Bréfritari: Ásgeir Tryggvi Friðgeirsson
Viðtakandi: Einar Friðgeirsson
Dagsetning: A-1881-01-02
Skrifað á: Garði  S-Þing.
Ásgeir er bróðir Einars

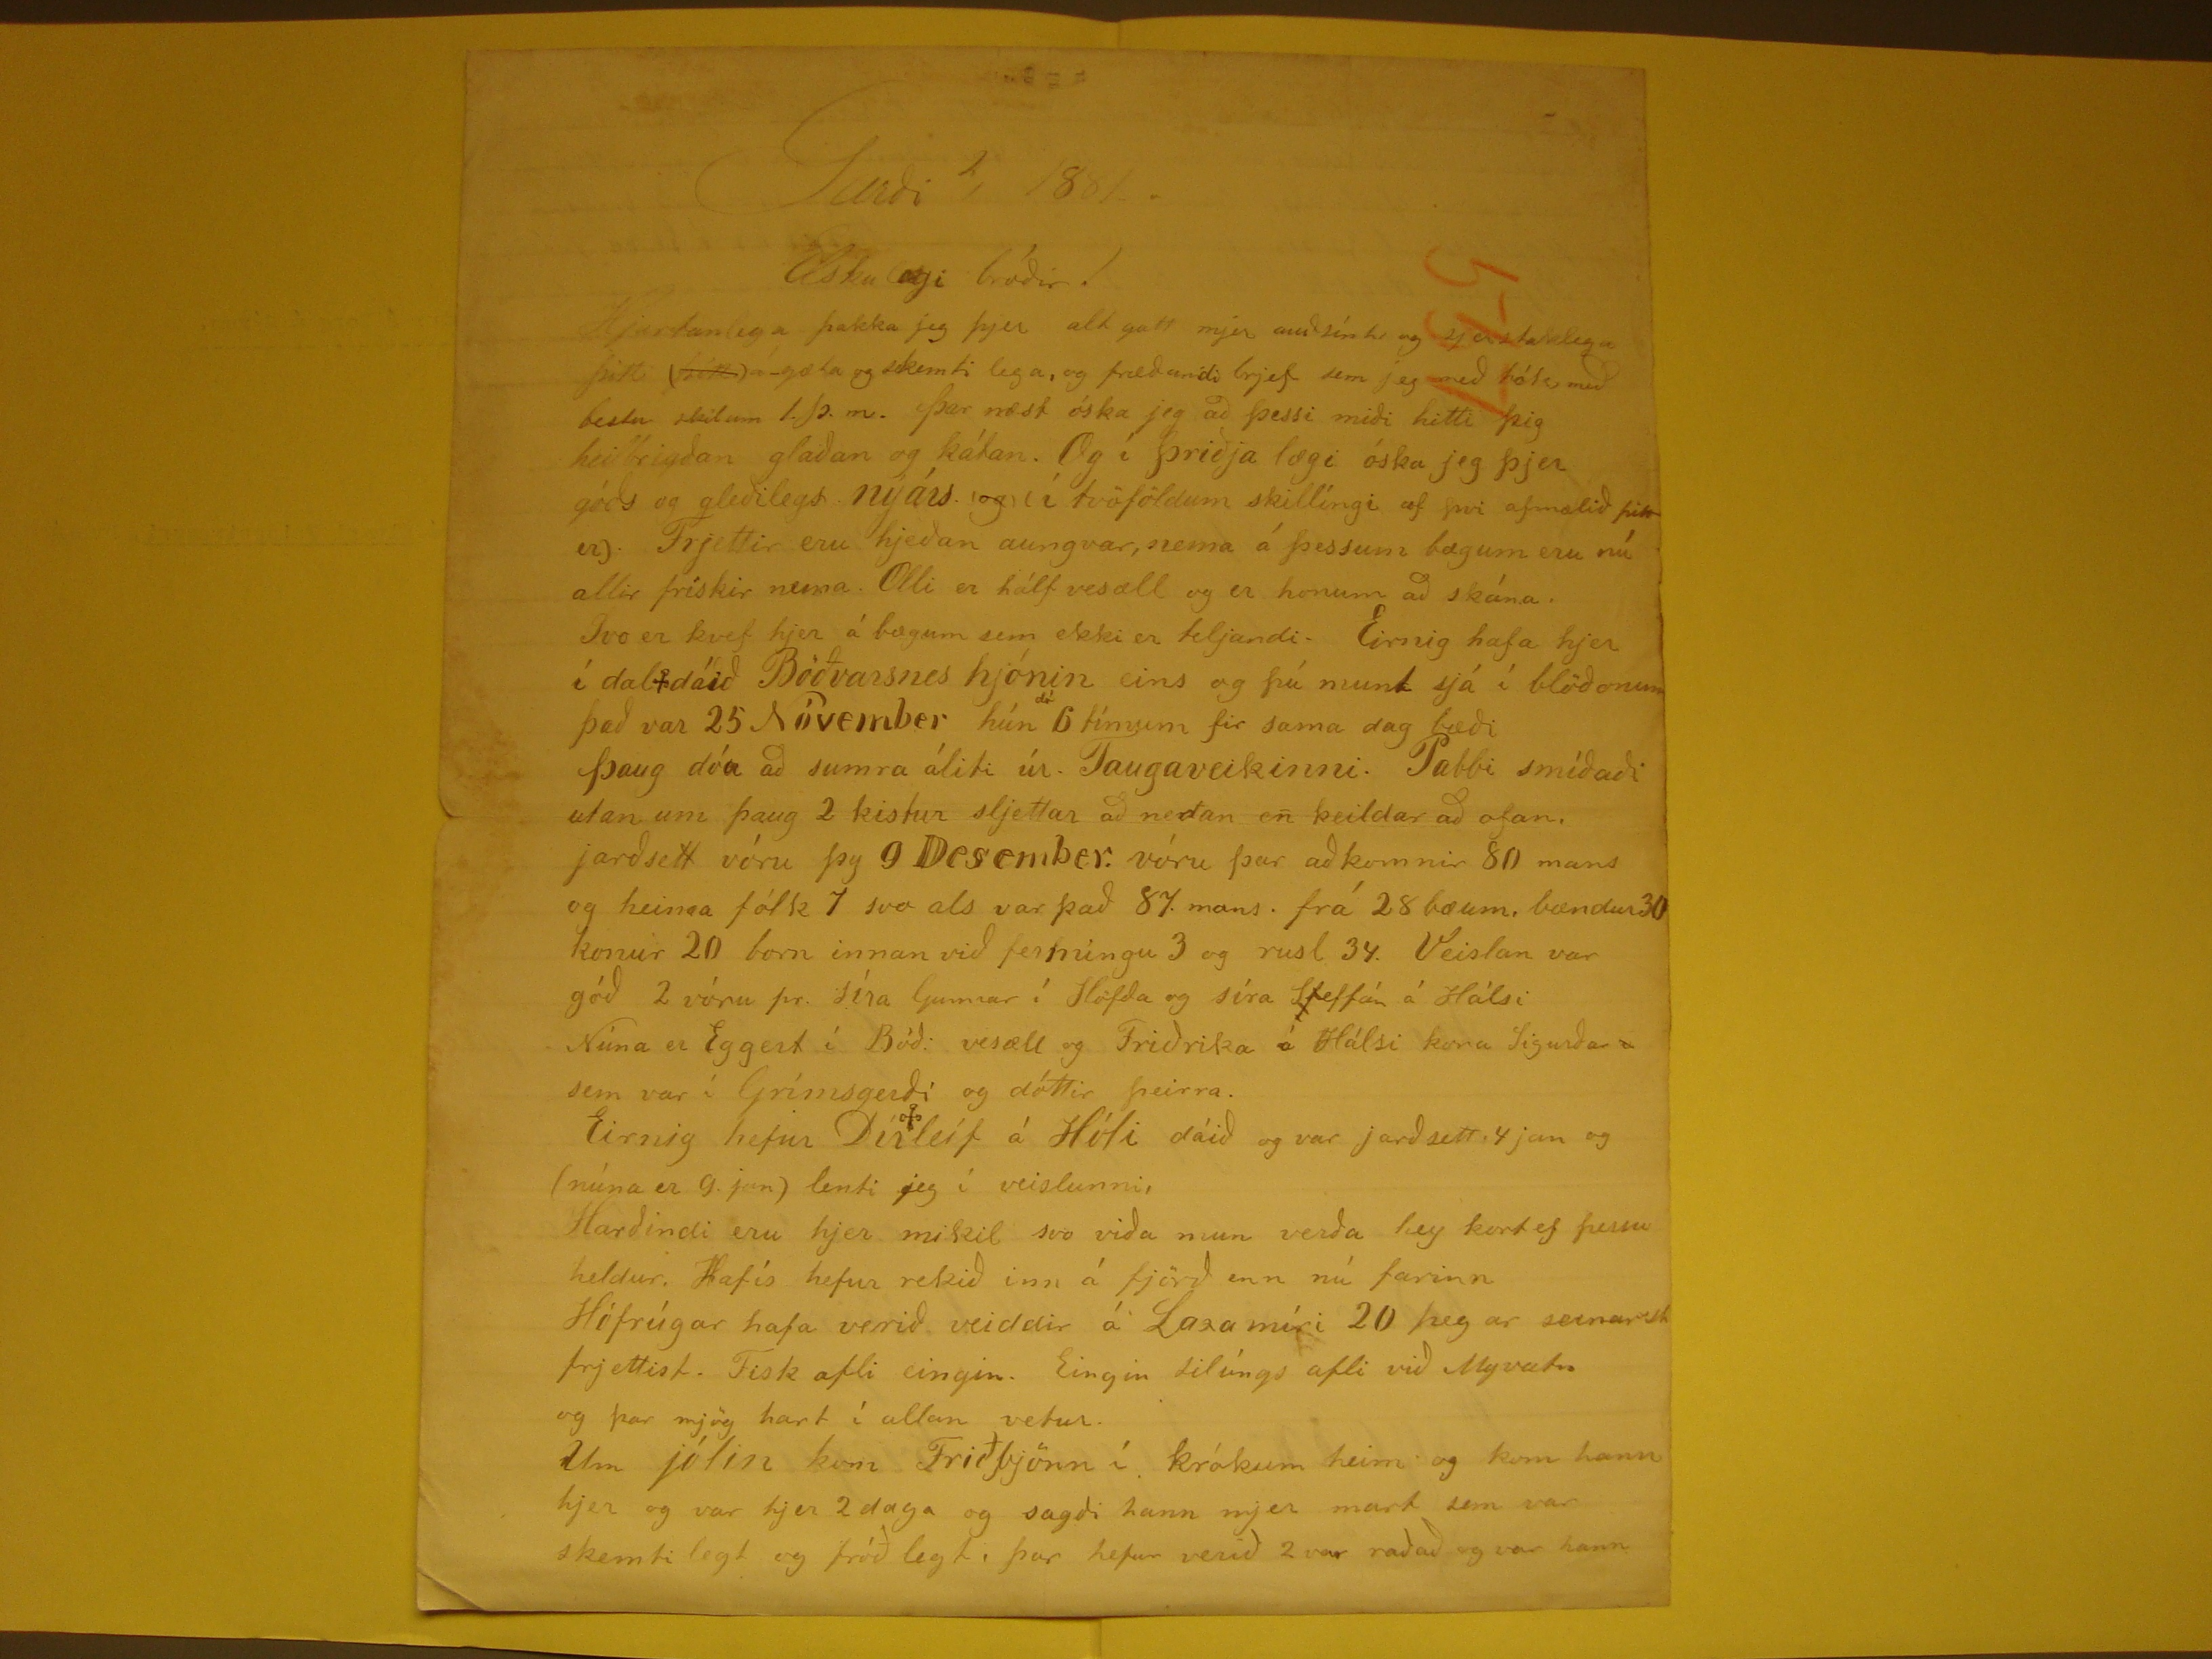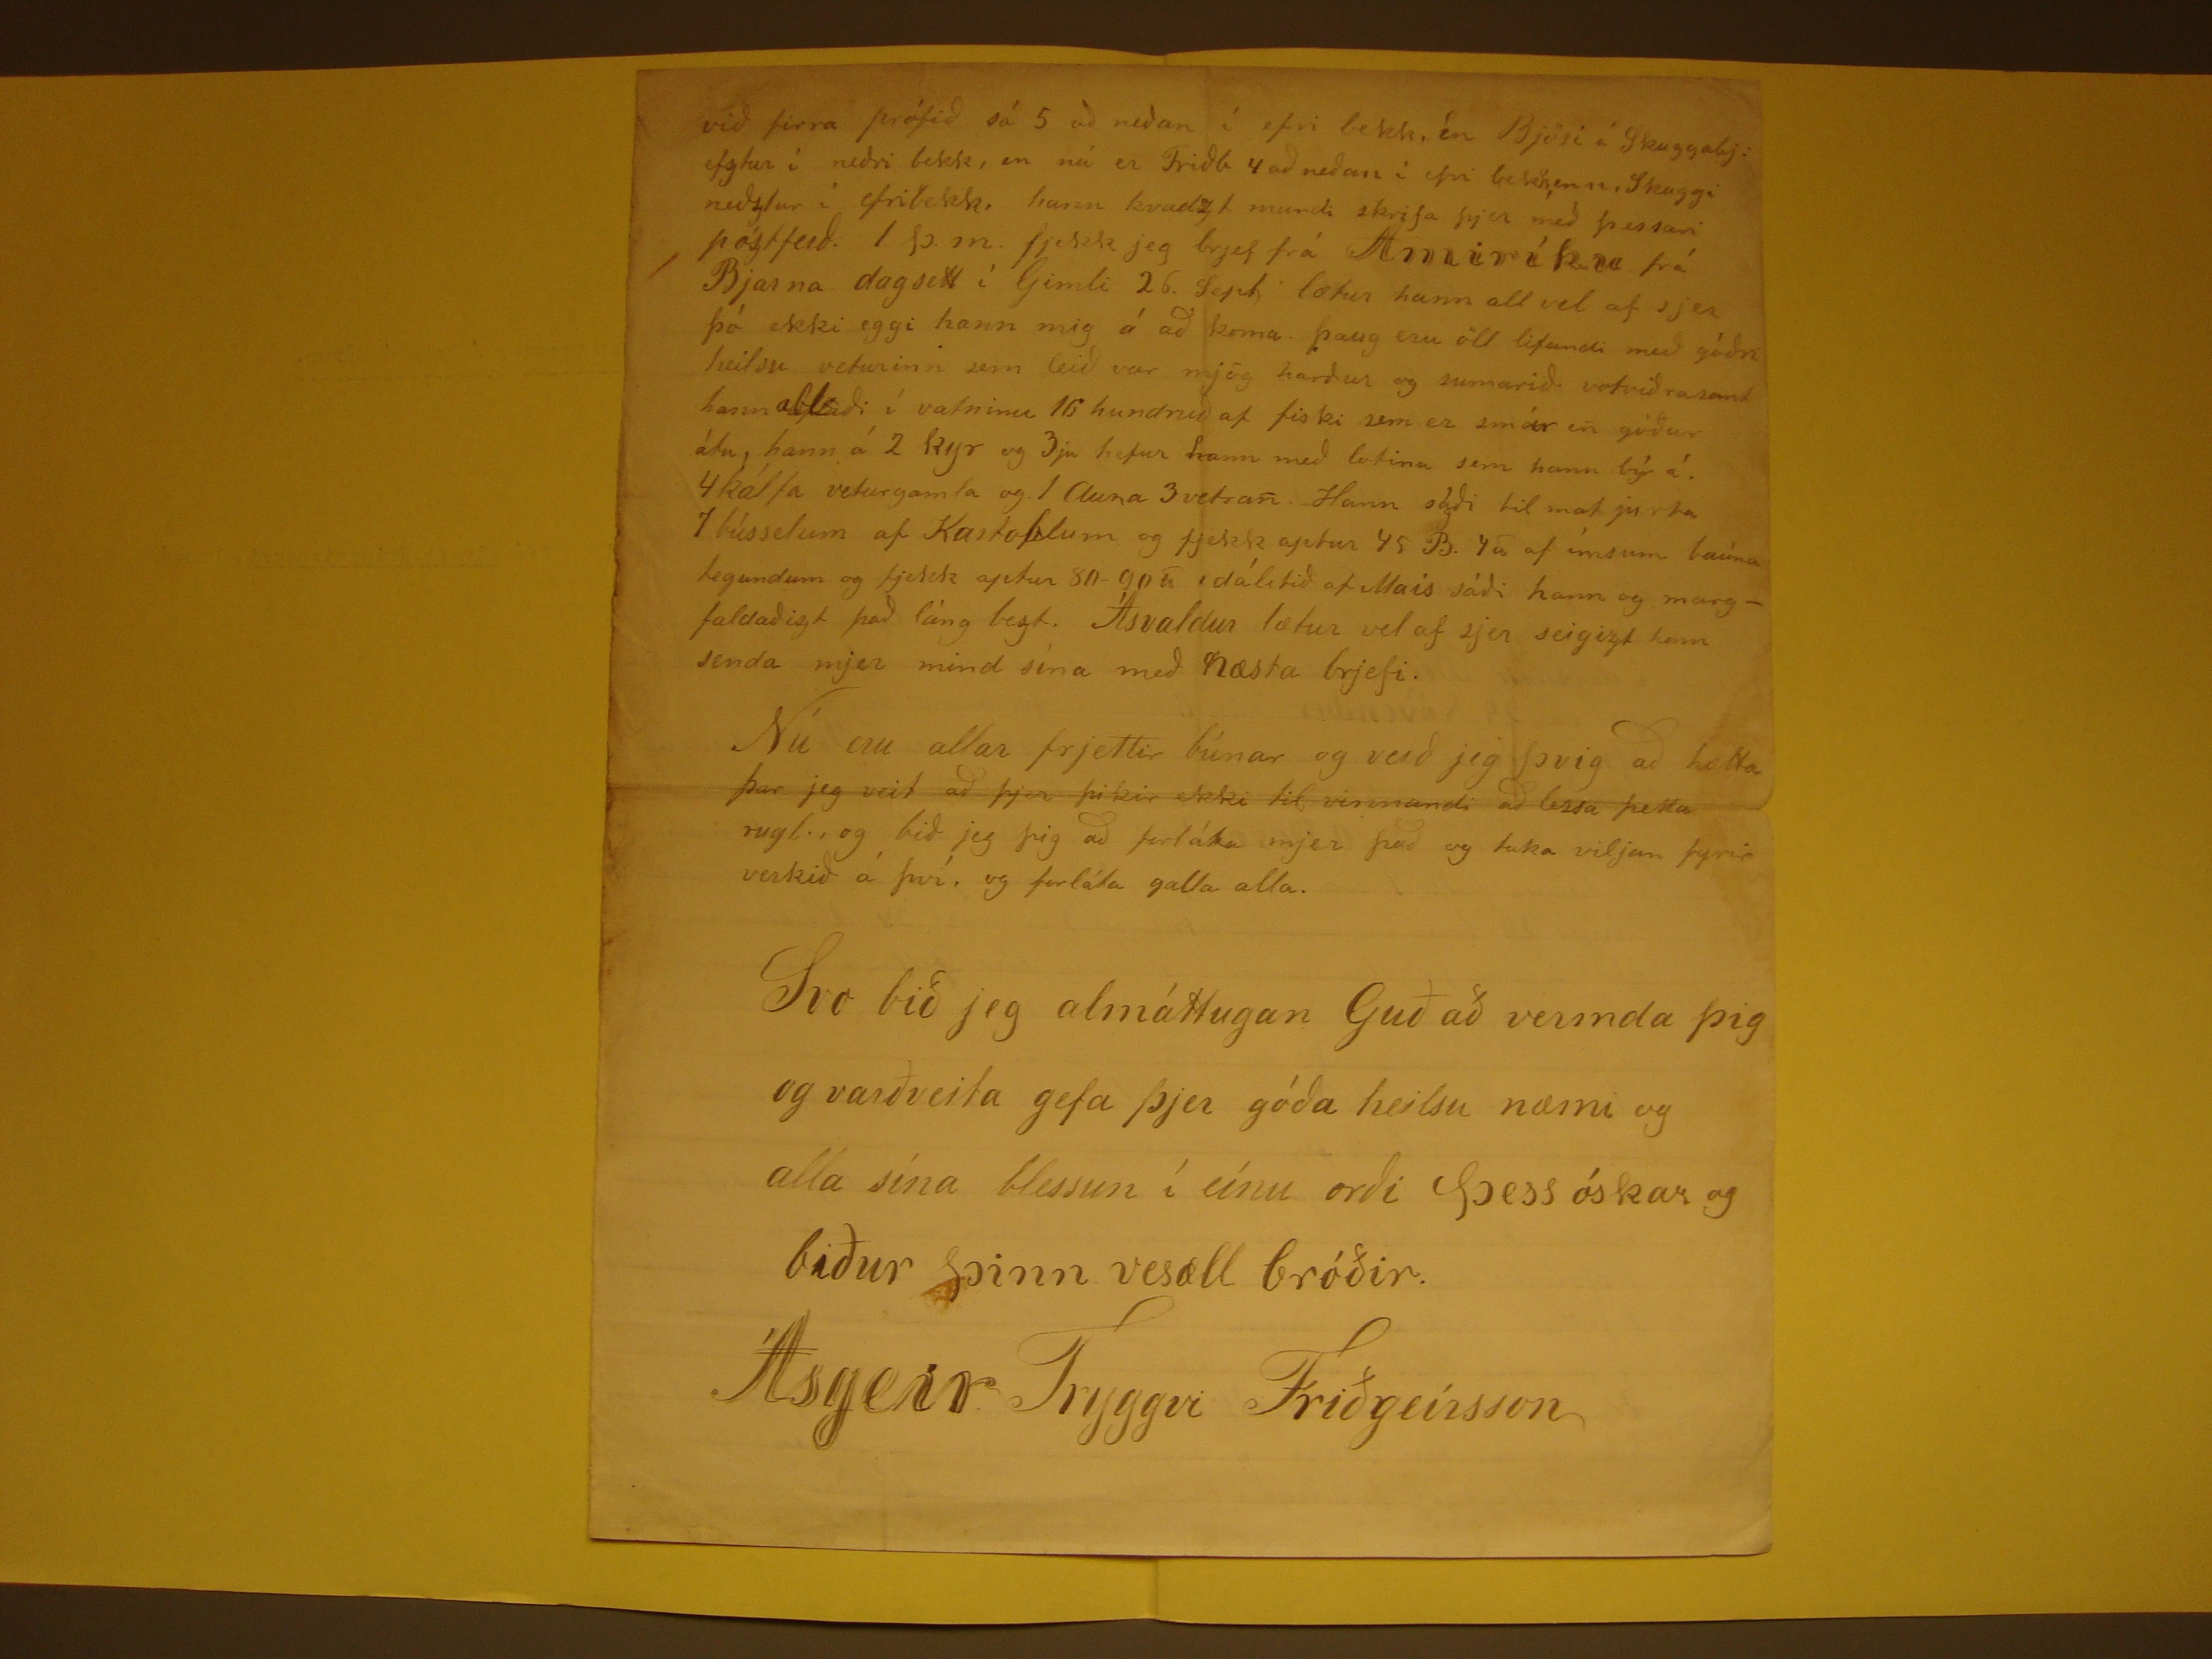

Garði 2/1 1881.
Elskulegi bróðir!
Hjartanlega þakka jeg þjer alt gott mjer auðsínt og sjerstaklega þitt (
þitt
) á-gæta og skemti lega, og fræðandi brjef
sem jeg með tók með bestu skilum 1. þ.m. Þar næst óska jeg að þessi miði hitti þig heilbrigðan glaðan og kátan. Og í þriðja lægi óska jeg þjer góðs og gleðilegs
nýárs. (
og
) (í tvöföldum skillíngi af því afmælið þitt er). Frjettir eru hjeðan aungvar, nema á þessum bægum eru nú allir
frískir nema. Olli er hálf vesæll og er honum að skána. Svo er kvef hjer á bægum sem ekki er teljandi. Eirnig hafa hjer í dal
+
dáið Böðvarsnes
hjónin eins og þú munt sjá í blöðonum það var 25 Nóvember húm
dó
6 tímum fir sama dag bæði þaug dóu að sumra
áliti úr. Taugaveikinni. Pabbi smíðaði utan um þaug 2 kistur sljettar að neðan en keildar að ofan. jarðsett vóru þy 9 Desember. vóru þar að komnir 80 mans og heima
fólk 7 svo als var það 87 mans. frá 28 bæum, bændur 30 konur 20 born innan við fermingu 3 og rusl 34. Veislan var góð 2 vóru pr. Síra Gunnar í Höfða og síra Steffán
á Hálsi Núna er Eggert í Bóð: vesæll og Friðrika á Hálsi kona Sigurðar
u
sem var í Grímsgerði og dóttir þeirra. Eirnig hefur
Dírleif
+
á Hóli dáið og var jarðsett 4 jan og (núna er 9. jan) lenti jeg í veislunni, Harðindi eru hjer mikil svo viða mun
verða hey kort ef þessu heldur. Hafís hefur rekið inn á fjörð enn nú farinn Hófrúgar hafa verið veiddir á Laxamíri 20 þegar seinarst frjettist. Fisk afli einig. Eingin silúngs
afli við Myvatn og þar mjög hart í allan vetur. Um jólin kom Friðbjörn í krókum heim og kom hann hjer og var hjer 2 daga og sagði hann mjer mart sem var skemtilegt og
fróðlegt, þar hefur verið 2 var raðað og var hann
við firra prófið sá 5 að neðan í efri bekk. en Bjösi á Skuggabj: ef
z
tur í neðri bekk, en nú er Friðb 4 að neðan í efri bekk, en
22
, Skuggi neðztur í efribekk, hann kvadzt mundi skrifa þjuer með þessari póstferð 1 þ.m. fjekk jeg brjef frá Amiríku frá Bjarna dagsett í Gimli 26. Sept lætur
hann all vel af sjer þó ekki eggi hann mig á að koma þaug eru öll lifandi með góðri heilsu veturinn sem leið var mjög harður og sumarið votviðrasamt hann ætlaði
í vatninu 16 hundruð af fiski sem er
2m ár
en góður átu, hann á 2 kyr og 3ju hefur hann með lofinu sem hann býr á 4 kálfa veturgamla og 1 Auna
3 vetran. Hann sgði til mat jurta 7 bússelum af Kartoflum og fjekk aptur 45 B.
7ð
af ímsum bauna tegundum og fjekk aptur 80- 90
#
, dálitið af Maís sáði hann og margfaldaðizt það láng bezt. Ásvaldur lætur vel af sjer seigizt hann senda mjer mind sína með næsta brjefi. Nú eru allar frjettir
búnar og verð jeg þvig að hætta þar jeg veit að þjer þikir ekki til vinnandi að lessa þetta rugl, og bið jeg þig að forláta mjer það og taka viljan fyrir verkið á því. og
forláta galla alla.
Svo bið jeg almáttugan Guð að vermda þig og varðveita gefa þjer góða heilsu næmi og alla sína blessun í eínu orði þess óskar og biður þinn vesæll bróðir.
Ásgeir Tryggvi Friðgeirsson